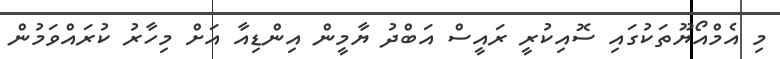
މި އެމްއޯޔޫތަކުގައި ސޮއިކުރީ ރައީސް އަބްދު ޔާމީން އިންޑިއާ އަށް މިހާރު ކުރައްވަމުން